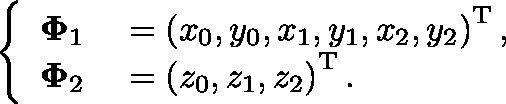
\left\{ \begin{array} { r l } { \mathbf { \Phi } _ { 1 } } & { { } = \left( x _ { 0 } , y _ { 0 } , x _ { 1 } , y _ { 1 } , x _ { 2 } , y _ { 2 } \right) ^ { \mathrm { T } } , } \\ { \mathbf { \Phi } _ { 2 } } & { { } = \left( z _ { 0 } , z _ { 1 } , z _ { 2 } \right) ^ { \mathrm { T } } . } \end{array} \right.